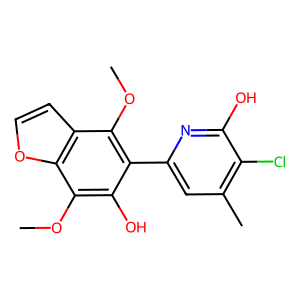
SMILES: COc1c(-c2cc(C)c(Cl)c(O)n2)c(O)c(OC)c2occc12
Inhibits HIV replication: No